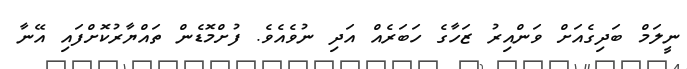
ނީލަމް ބަދިގެއަށް ވަންއިރު ޒަހާގެ ހަބަރެއް އަދި ނުވެއެވެ. ފުށްމޮޑެން ތައްޔާރުކޮށްފައި އޭނާ